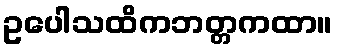
ဥပေါသထိကဘတ္တကထာ။